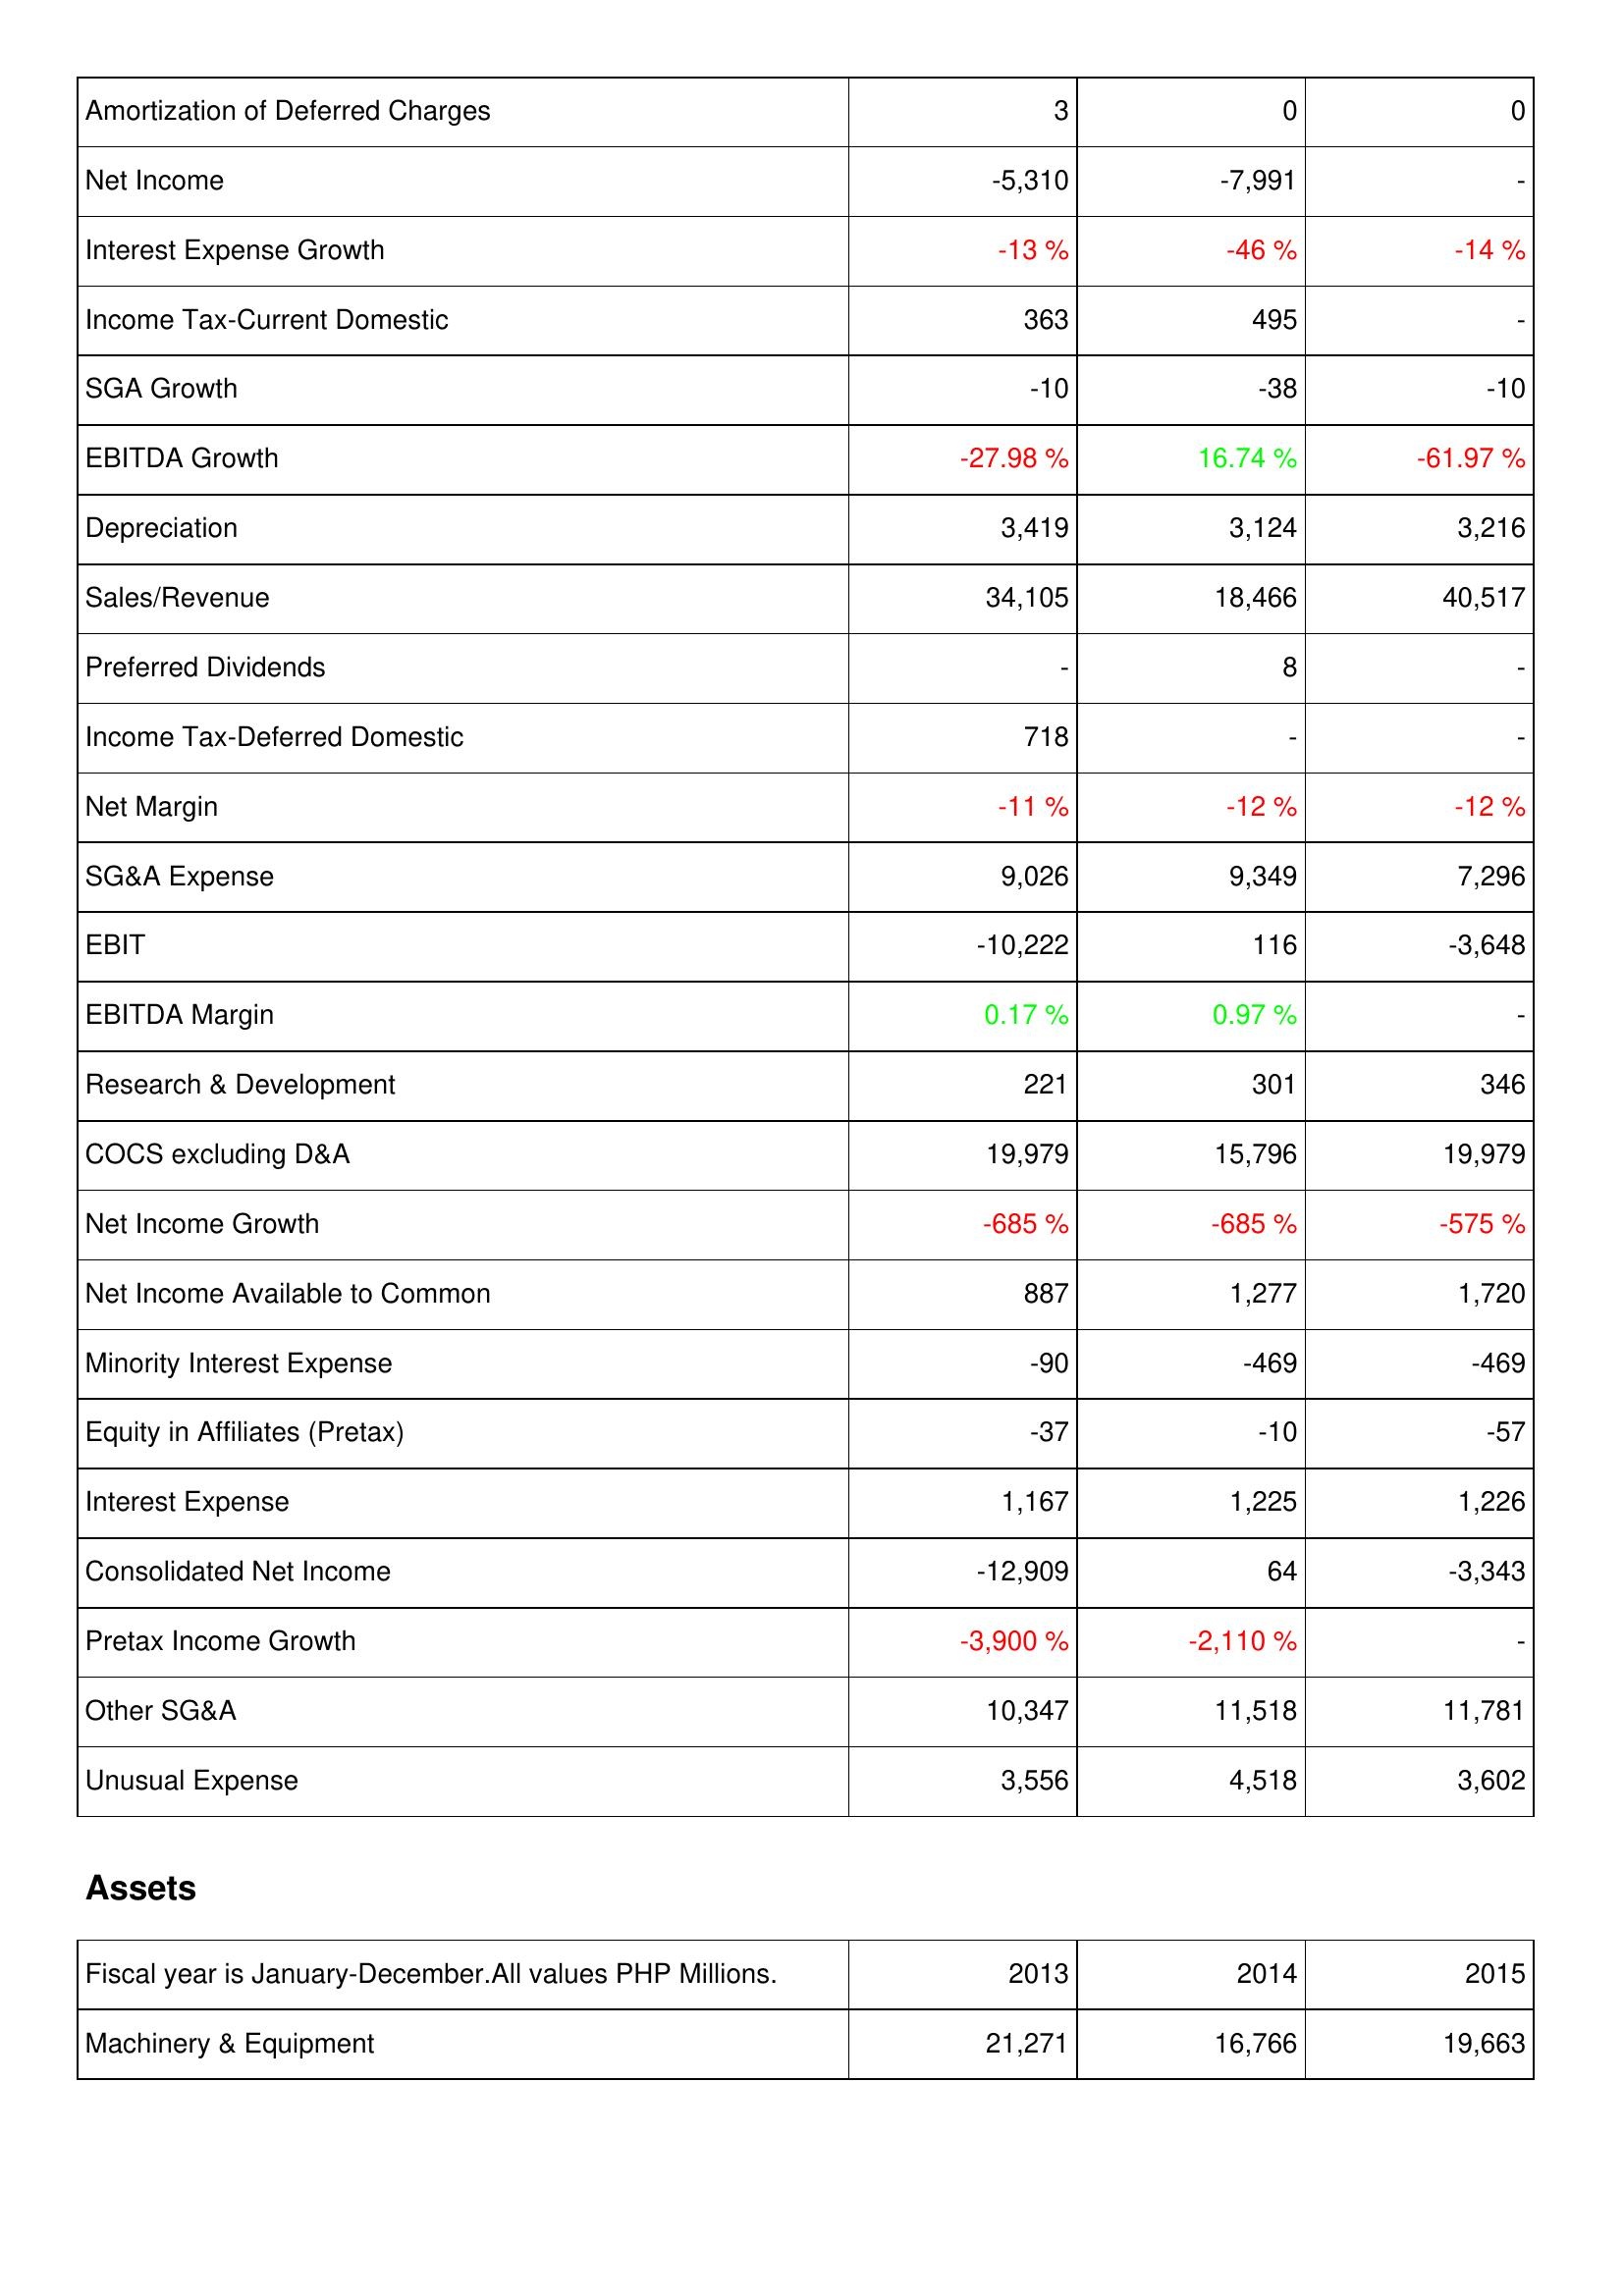
2013: Income Statement: Amortization of Deferred Charges: 3
Net Income: -5,310
Interest Expense Growth: -13 %
Income Tax-Current Domestic: 363
SGA Growth: -10
EBITDA Growth: -27.98 %
Depreciation: 3,419
Sales/Revenue: 34,105
Preferred Dividends: -
Income Tax-Deferred Domestic: 718
Net Margin: -11 %
SG&A Expense: 9,026
EBIT: -10,222
EBITDA Margin: 0.17 %
Research & Development: 221
COCS excluding D&A: 19,979
Net Income Growth: -685 %
Net Income Available to Common: 887
Minority Interest Expense: -90
Equity in Affiliates (Pretax): -37
Interest Expense: 1,167
Consolidated Net Income: -12,909
Pretax Income Growth: -3,900 %
Other SG&A: 10,347
Unusual Expense: 3,556
Assets: Machinery & Equipment: 21,271
2014: Income Statement: Amortization of Deferred Charges: 0
Net Income: -7,991
Interest Expense Growth: -46 %
Income Tax-Current Domestic: 495
SGA Growth: -38
EBITDA Growth: 16.74 %
Depreciation: 3,124
Sales/Revenue: 18,466
Preferred Dividends: 8
Income Tax-Deferred Domestic: -
Net Margin: -12 %
SG&A Expense: 9,349
EBIT: 116
EBITDA Margin: 0.97 %
Research & Development: 301
COCS excluding D&A: 15,796
Net Income Growth: -685 %
Net Income Available to Common: 1,277
Minority Interest Expense: -469
Equity in Affiliates (Pretax): -10
Interest Expense: 1,225
Consolidated Net Income: 64
Pretax Income Growth: -2,110 %
Other SG&A: 11,518
Unusual Expense: 4,518
Assets: Machinery & Equipment: 16,766
2015: Income Statement: Amortization of Deferred Charges: 0
Net Income: -
Interest Expense Growth: -14 %
Income Tax-Current Domestic: -
SGA Growth: -10
EBITDA Growth: -61.97 %
Depreciation: 3,216
Sales/Revenue: 40,517
Preferred Dividends: -
Income Tax-Deferred Domestic: -
Net Margin: -12 %
SG&A Expense: 7,296
EBIT: -3,648
EBITDA Margin: -
Research & Development: 346
COCS excluding D&A: 19,979
Net Income Growth: -575 %
Net Income Available to Common: 1,720
Minority Interest Expense: -469
Equity in Affiliates (Pretax): -57
Interest Expense: 1,226
Consolidated Net Income: -3,343
Pretax Income Growth: -
Other SG&A: 11,781
Unusual Expense: 3,602
Assets: Machinery & Equipment: 19,663